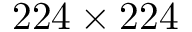
2 2 4 \times 2 2 4